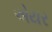
એયર